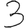
Digit: 3